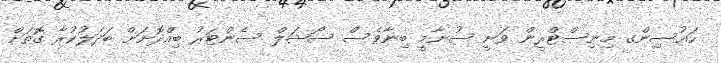
ހައުސިންގ މިނިސްޓްރީން ވަނީ ސުނާމީ ބިނާވެސް ސޯޝަލް ސެންޓަރު ބިއްދޮށަށް ބަދަލުކުރާ ގޮތަށް